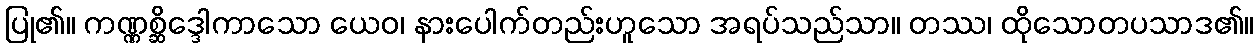
ပြု၏။ ကဏ္ဏစ္ဆိဒ္ဒေါကာသော ယေဝ၊ နားပေါက်တည်းဟူသော အရပ်သည်သာ။ တဿ၊ ထိုသောတပသာဒ၏။